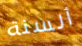
ألسنة